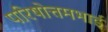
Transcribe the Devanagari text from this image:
परिषोत्तमभाई